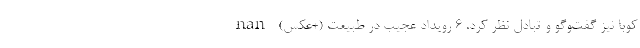
کوبا نیز گفت‌وگو و تبادل نظر کرد. 6 رویداد عجیب در طبیعت (+عکس) nan